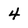
Character: 4